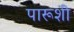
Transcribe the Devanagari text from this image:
पारूशी